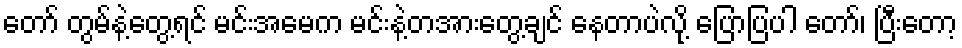
တော် တွမ်နဲ့တွေ့ရင် မင်းအမေက မင်းနဲ့တအားတွေ့ချင် နေတာပဲလို့ ပြောပြပါ တော်၊ ပြီးတော့